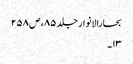
بحارالانوار جلد ۸۵، ص ۲۵۸
۱۳۔